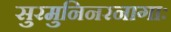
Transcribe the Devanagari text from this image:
सुरमुनिनरनागाः